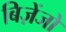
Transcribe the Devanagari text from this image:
बिज़ेंजो